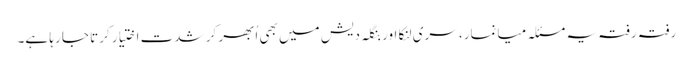
رفتہ رفتہ یہ مسئلہ میانمار، سری لنکا اور بنگلہ دیش میں بھی اُبھر کر شدت اختیار کرتا جا رہا ہے۔